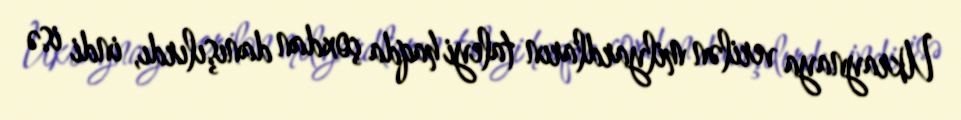
Ukraynaya verilən milyardların taleyi haqda çoxdan danışılırdı, indi isə